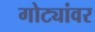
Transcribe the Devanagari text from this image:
गोट्यांवर